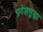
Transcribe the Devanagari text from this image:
प्रदेशसुद्धा